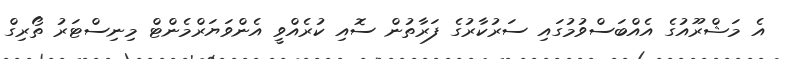
އެ މަޝްރޫއުގެ އެއްބަސްވުމުގައި ސަރުކާރުގެ ފަރާތުން ސޮއި ކުރެއްވީ އެންވަޔަރްމެންޓް މިނިސްޓަރު ތޯރިގް